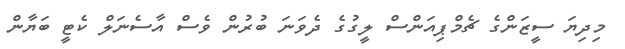
މިދިޔަ ސީޒަންގެ ޗެމްޕިއަންސް ލީގުގެ ދެވަނަ ބުރުން ވެސް އާސެނަލް ކެޓީ ބަޔާން